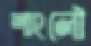
শাংলৌ